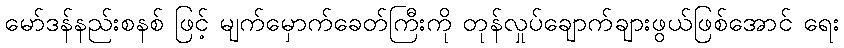
မော်ဒန်နည်းစနစ် ဖြင့် မျက်မှောက်ခေတ်ကြီးကို တုန်လှုပ်ချောက်ချားဖွယ်ဖြစ်အောင် ရေး